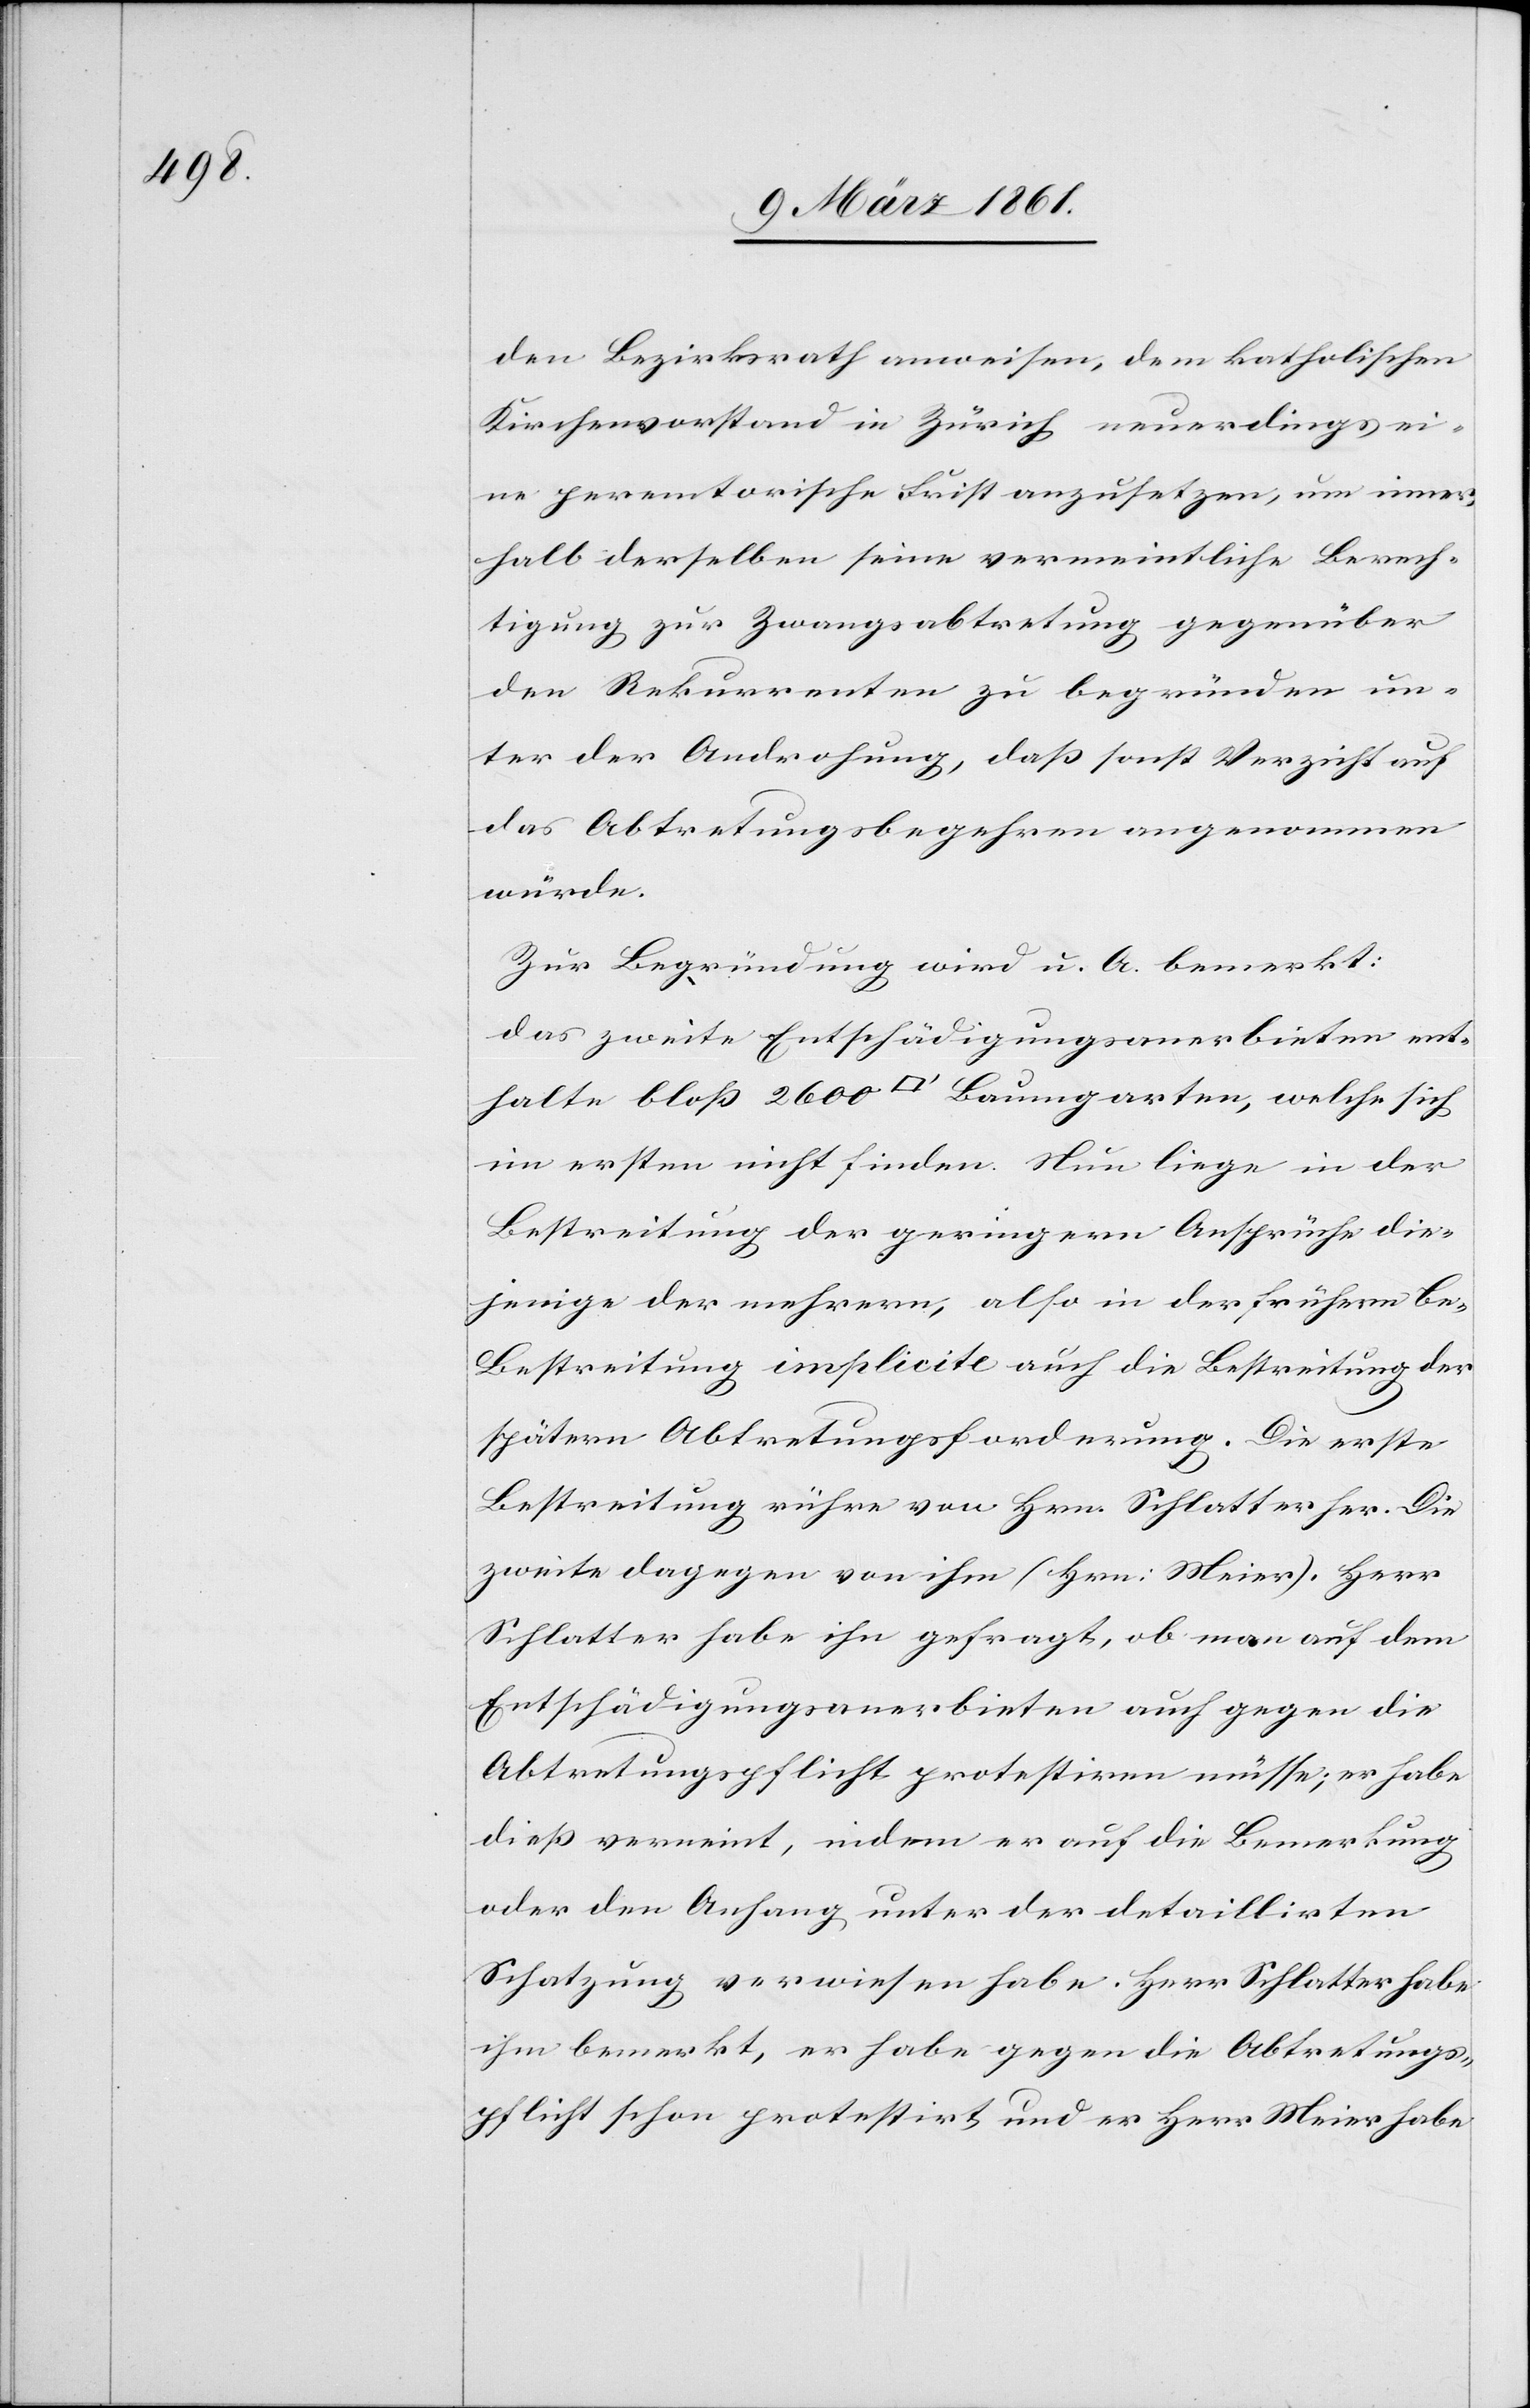
den Bezirksrath anweisen, dem katholischen
Kirchenvorstand in Zürich neuerdings ei¬
ne peremtorische Frist anzusetzen, um inner¬
halb derselben seine vermeintliche Berech¬
tigung zur Zwangsabtretung gegenüber
den Rekurrenten zu begründen un¬
ter der Androhung, dass sonst Verzicht auf
das Abtretungsbegehren angenommen
würde.
Zur Begründung wird u. A. bemerkt:
Das zweite Entschädigungsanerbieten ent¬
halte bloss 2600 [Quadratfuss] Baumgarten, welche sich
im ersten nicht finden. Nun liege in der
Bestreitung der geringern Ansprüche die¬
jenige der mehrern, also in der frühern B¬
e-Bestreitung [sic!] implicite auch die Bestreitung der
spätern Abtretungsforderung. Die erste
Bestreitung rühre von Hrn. Schlatter her. Die
zweite dagegen von ihm (Hrn. Meier). Herr
Schlatter habe ihn gefragt, ob man auf dem
Entschädigungsanerbieten auch gegen die
Abtretungspflicht protestiren müsse; er habe
diess verneint, indem er auf die Bemerkung
oder den Anhang unter der detaillirten
Schatzung verwiesen habe. Herr Schlatter habe
ihm bemerkt, er habe gegen die Abtretungs¬
pflicht schon protestirt und er Herr Meier habe